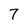
Character: 7